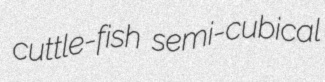
cuttle-fish semi-cubical